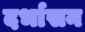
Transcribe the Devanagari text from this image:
दर्भासन